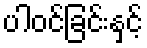
ပါဝင်ခြင်းနှင့်